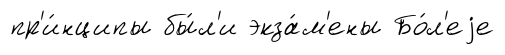
пр'и́нципы бы́л'и экза́м'ены Бо́л'еjе